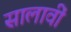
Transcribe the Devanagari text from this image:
सालावीं